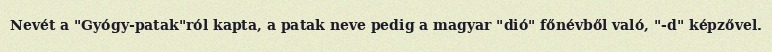
Nevét a "Gyógy-patak"ról kapta, a patak neve pedig a magyar "dió" főnévből való, "-d" képzővel.